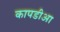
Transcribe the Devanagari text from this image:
कापडीआ